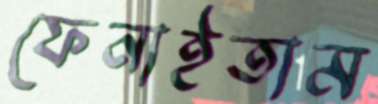
ফেনাইতাম